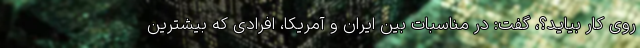
روی کار بیاید؟، گفت: در مناسبات بین ایران و آمریکا، افرادی که بیشترین